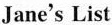
Favourite Subject：maths